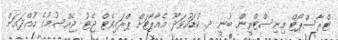
ޓްރާސްޕޯޓް މިނިސްޓްރީން ބުނީ ދ. ކުޑަހުވަދޫ އެއާޕޯޓަށް ޕްރައިވެޓް ޖެޓު ޖެއްސުމުގެ ހުއްދައަށް